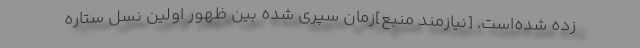
زده شده‌است. [نیازمند منبع]زمان سپری شده بین ظهور اولین نسل ستاره